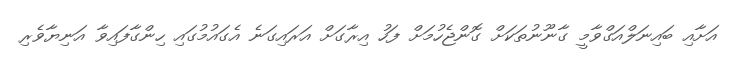
އަށާއި ބައިނަލްއަގްވާމީ ގާނޫނުތަކަށް ގޮންޖެހުމަށް ފަހު އިރާގަށް އަރައިގަނެ އެގައުމުގައި ހިންގާފައިވާ އަނިޔާވެރި